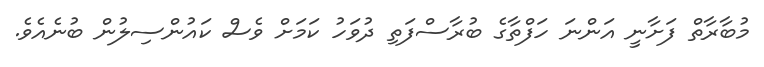
މުބާރާތް ފަށާނީ އަންނަ ހަފްތާގެ ބުރާސްފަތި ދުވަހު ކަމަށް ވެސް ކައުންސިލުން ބުނެއެވެ.